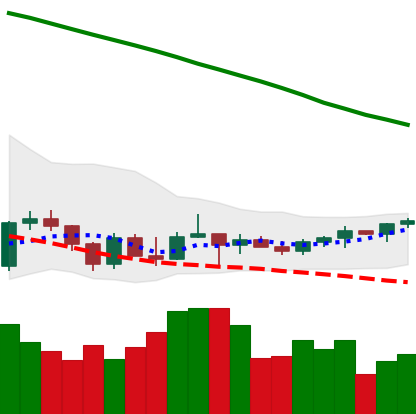
Ticker: TRX-USD
Chart end date: 2022-03-19
Forward return: 5.915%
Label: up_5_7